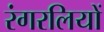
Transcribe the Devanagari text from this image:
रंगरलियों